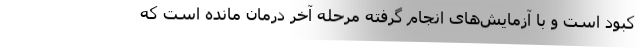
کبود است و با آزمایش‌های انجام گرفته مرحله آخر درمان مانده است که